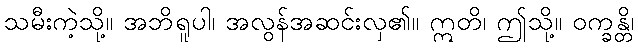
သမီးကဲ့သို့။ အဘိရူပါ၊ အလွန်အဆင်းလှ၏။ ဣတိ၊ ဤသို့။ ဝက္ခန္တိ၊